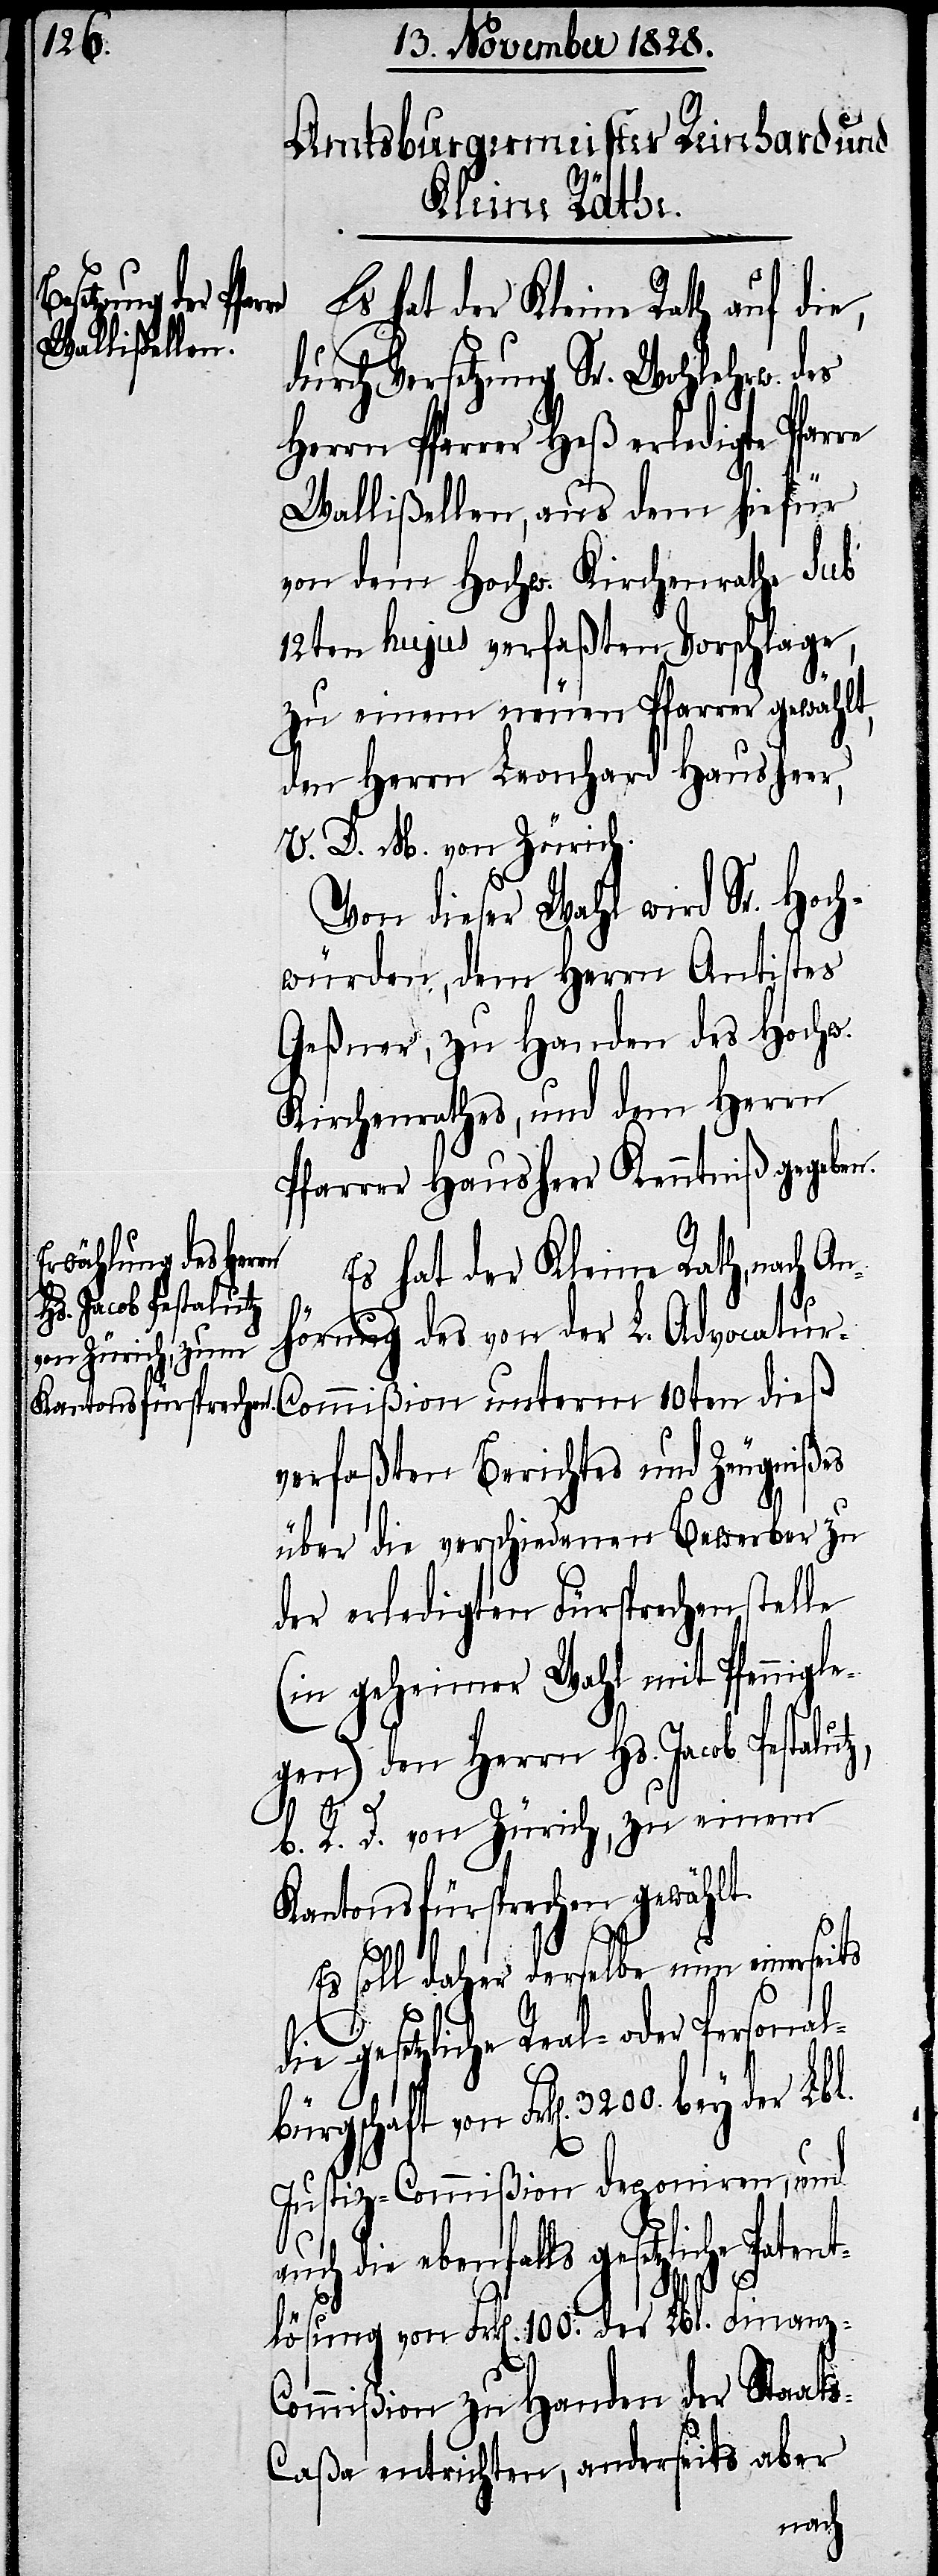
Es hat der Kleine Rath auf die,
durch Versetzung Sr. Wohlehrw. des
Herrn Pfarrer Heß erledigte Pfarre
Wallißellen, aus dem hiefür
von dem Hochw. Kirchenrathe sub
12ten hujus verfaßten Vorschlage,
zu einem neuen Pfarrer gewählt,
den Herrn Leonhard Hausheer,
V. D. M. von Zürich.
Von dieser Wahl wird Sr. Hoch¬
würden, dem Herrn Antistes
Geßner, zu Handen des Hochw.
Kirchenrathes, und dem Herrn
Pfarrer Hausheer Kenntniß gegeben.
Es hat der Kleine Rath, nach An¬
hörung des von der L. Advocatur-C¬
verfaßten Berichtes und Zeugnißes
über die verschiedenen Bewerber zu
der erledigten Fürsprechenstelle
(in geheimer Wahl mit Pfennigle¬
gen) den Herrn Hs. Jacob Pestalutz,
b. R. D. von Zürich, zu einem
Kantonsfürsprechen gewählt.
Es soll daher derselbe nun einerseits
ls gesetzliche Patent¬
rk[en]. 3200. bey der Lbl.
Justiz-Commißion deponiren, und
lösung von Frk[en]. 100. der Lbl. Finanz-C¬
ommißion zu Handen der Staat¬
s-Caßa entrichten, anderseits aber
dieß